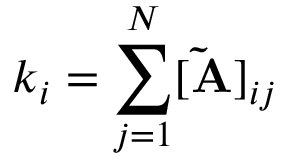
k _ { i } = \sum _ { j = 1 } ^ { N } [ \mathbf { \tilde { A } } ] _ { i j }